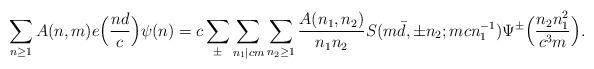
LaTeX: \begin{align*}\sum_{n \geq 1} A(n, m) e\Bigl( \frac{n d}{c} \Bigr) \psi(n) = c \sum_{\pm} \sum_{n_1 \mid c m} \sum_{n_2 \geq 1} \frac{A(n_1, n_2)}{n_1 n_2} S(m \bar d, \pm n_2; m c n_1^{-1}) \Psi^{\pm} \Bigl( \frac{n_2 n_1^2}{c^3 m} \Bigr).\end{align*}